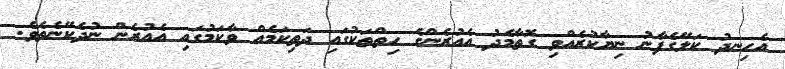
އެހިނދު ކަލޭގެފާނު ނިޔާކުރެއްވި ގޮތާމެދު އެއުރެންގެ ހިތްތަކުގައި ދަތިކަމެއް ވާކަމުގައި އެއުރެން ނުދެކޭނެތެވެ.